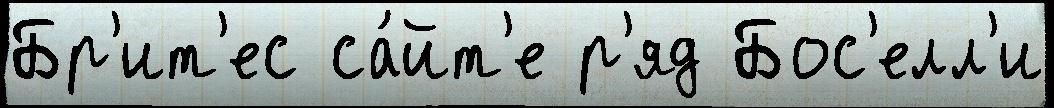
Бр'ит'ес са́йт'е р'яд Бос'елл'и